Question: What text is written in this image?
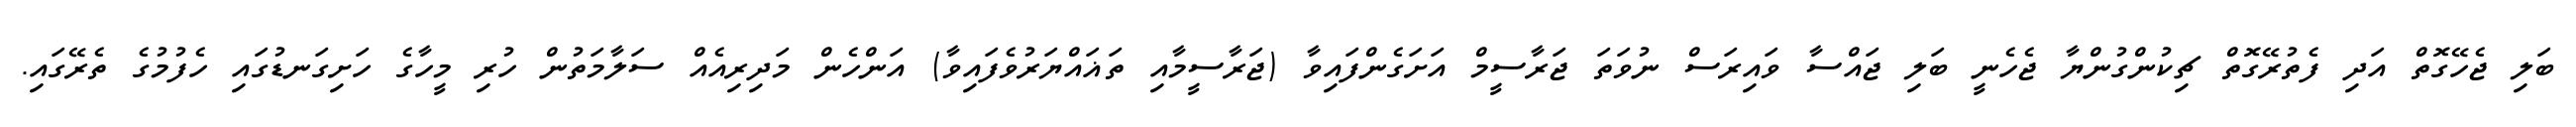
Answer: ބަލި ޖެހޭގޮތް އަދި ފެތުރޭގޮތް ޗިކުންގުންޔާ ޖެހެނީ ބަލި ޖައްސާ ވައިރަސް ނުވަތަ ޖަރާސީމް އަށަގެންފައިވާ (ޖަރާސީމާއި ތަޣައްޔަރުވެފައިވާ) އަންހެން މަދިރިއެއް ސަލާމަތުން ހުރި މީހާގެ ހަށިގަނޑުގައި ހެފުމުގެ ތެރޭގައި.